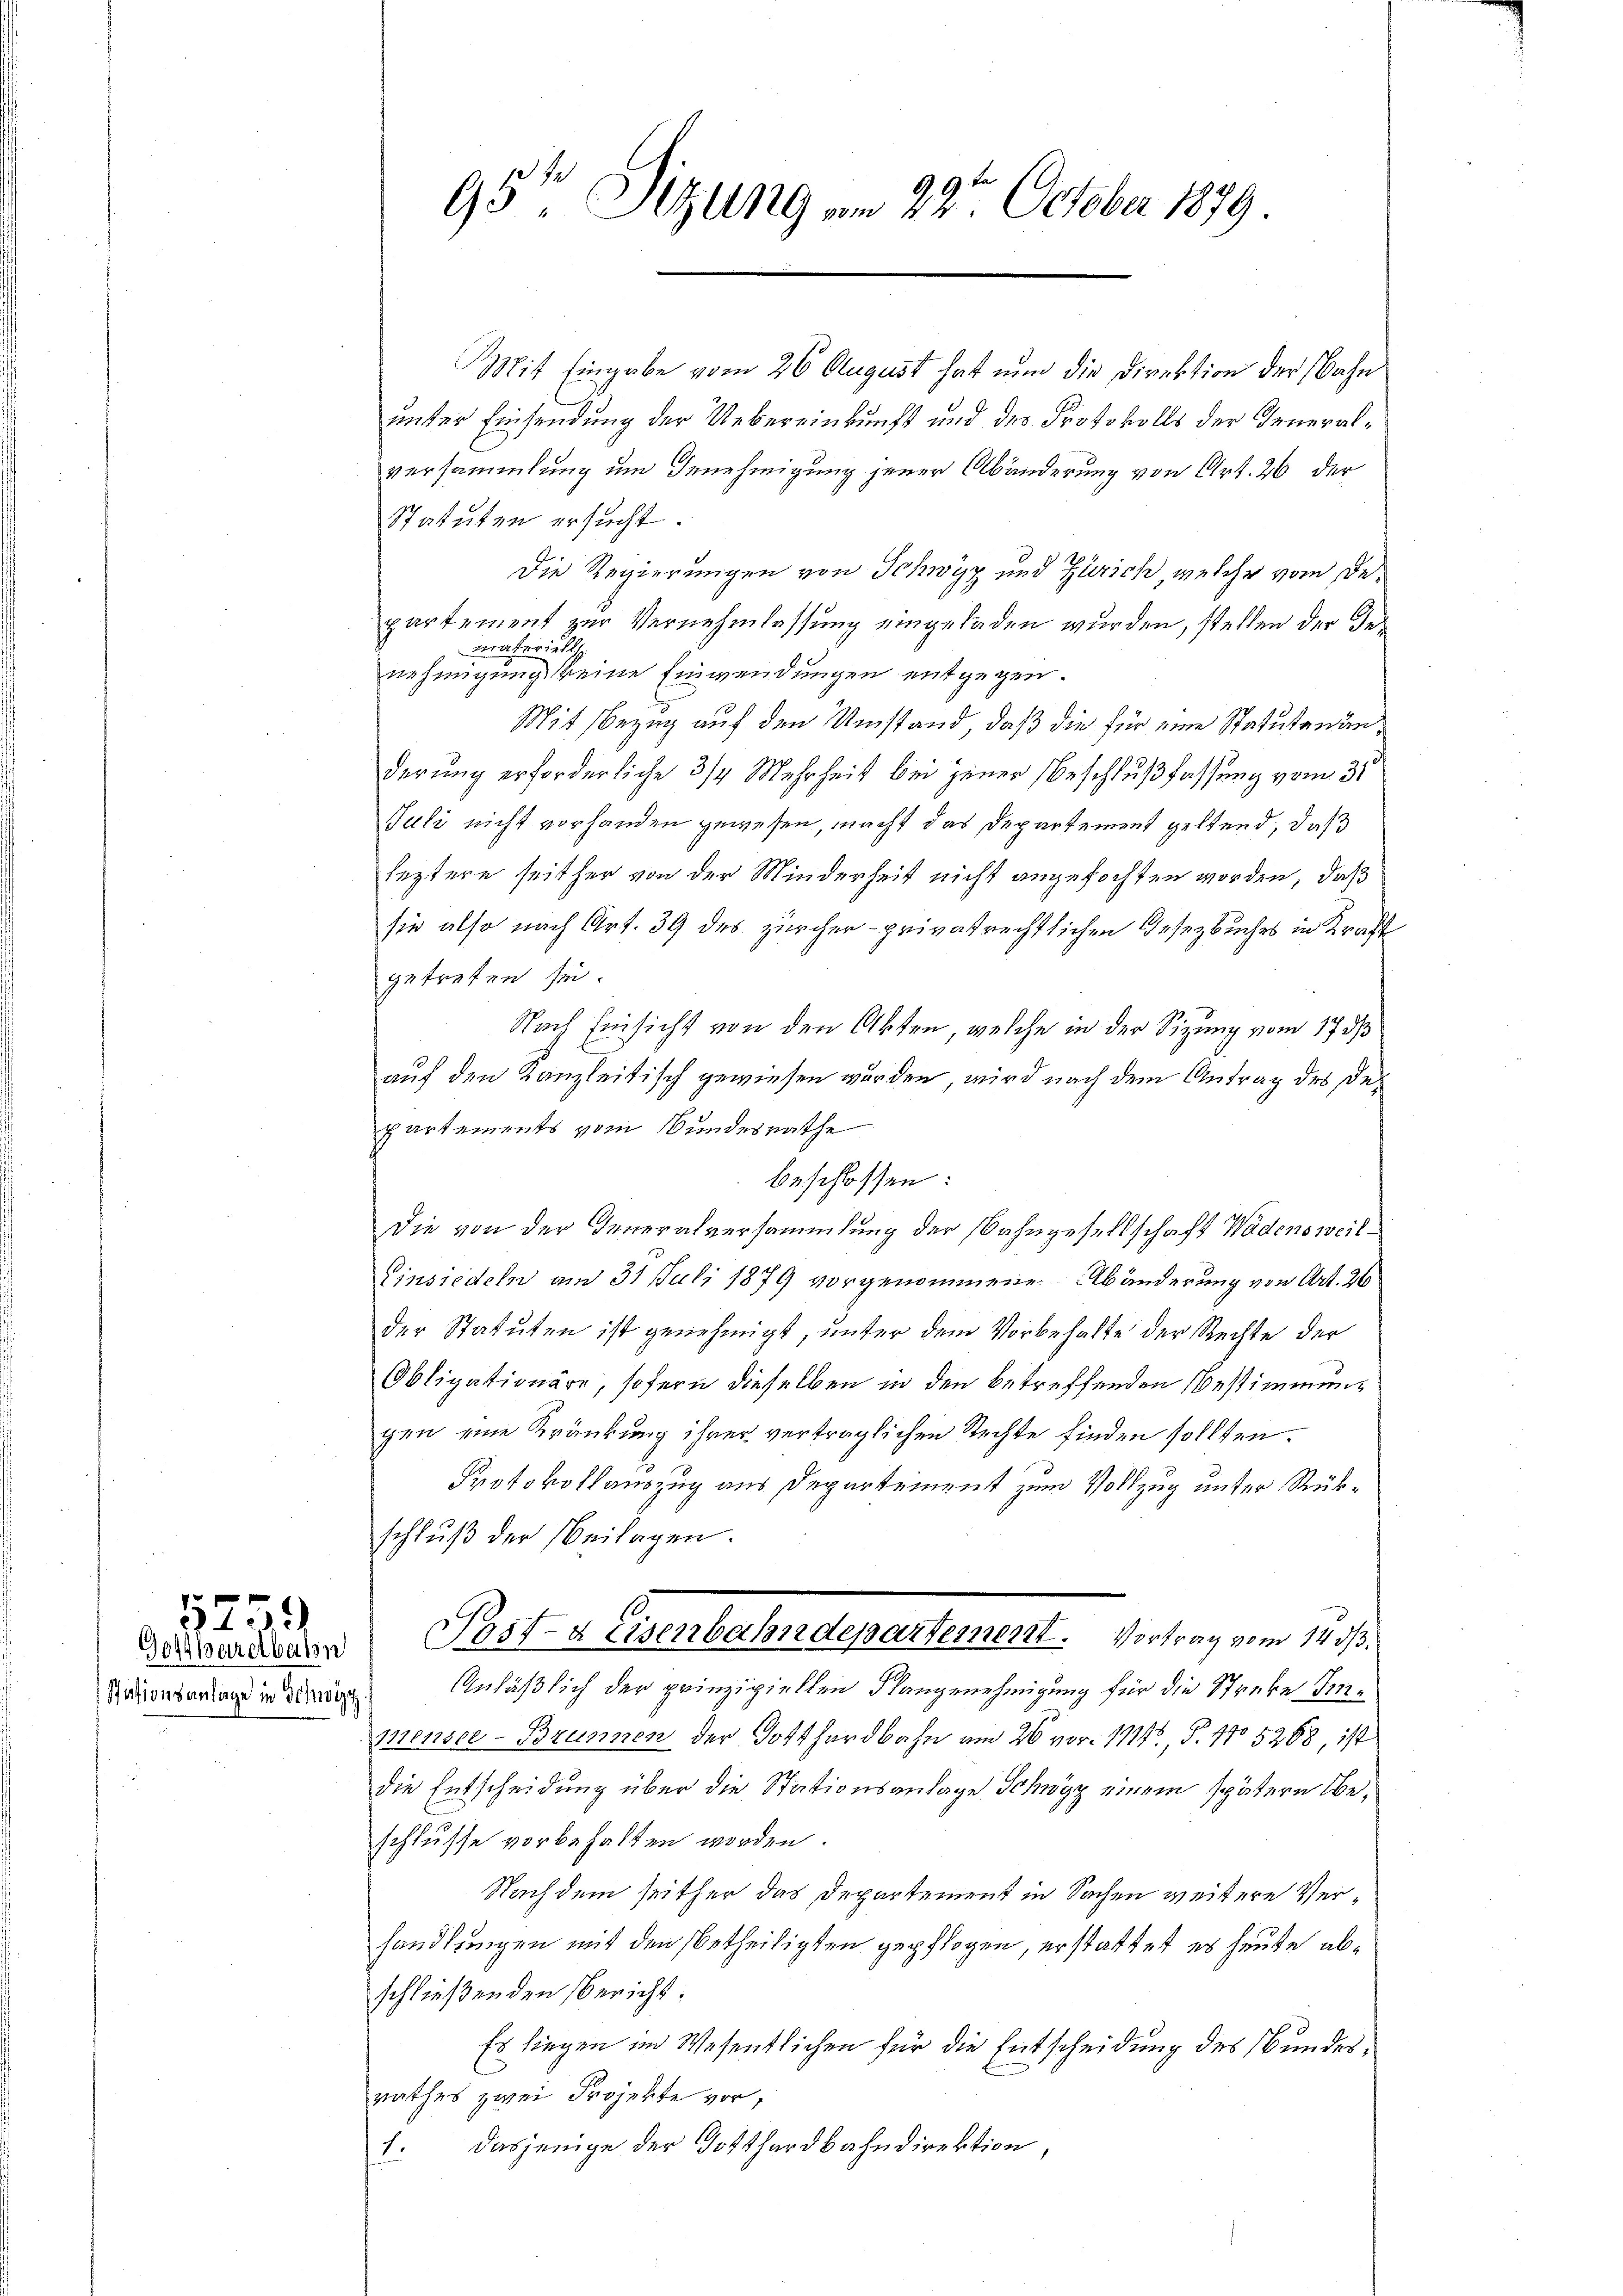
5259

Mit Eingabe vom 26. August hat nun die Direktion der Bahn
unter Einsendung der Uebereinkunft und des Protokolls der Generalversammlung um Genehmigung jener Abänderung von Art. 26 der
Statuten ersucht.
Die Regierungen von Schwyz und Zürich, welche vom Departement zur Vernehmlassung eingeladen wurden, stellen der de
Fraterielis
nehmigung keine Einwendungen entgegen.
Mit Bezug auf den Umstand, daß die für eine Statutenanderung erforderliche 3/4 Mehrheit bei jener Beschlußfassung vom 31
Juli nicht vorhanden gewesen, macht das Departement geltend, daß
leztere seither von der Minderheit nicht angefochten worden, daß
sie also nach Art. 39 des zürcher privatrechtlichen Gesetzbuches in Kraft
getreten sie.
Nach Einsicht von den Akten, welche in der Sitzung vom 17. ds
auf den Kanzleitisch gewiesen wurden, wird nach dem Antrag des Departements vom Bundesrathe
beschlossen:
Die von der Generalversammlung der Bahngesellschaft Wädensweil¬
Einsiedeln am 31. Juli 1879 vorgenommene Abänderung von Art. 21
der Statuten ist genehmigt, unter dem Vorbehalte der Rechte der
Obligationäre, sofern dieselben in den betreffenden Bestimmungen eine Kränkung ihrer verträglichen Rechte finden sollten.
Protokollauszug aus Departement zum Vollzug unter Rükschluß der Beilagen.
Derenden Post- & Eisenbahndepartement. Vortrag vom 14. d.
Nationsandtags in anden Anläßlich der prinzipiellen Flangenehmigung für die Streke Inmensee - Brunnen der Gotthardbahn am 26 vor 1114, P. No 5288, ist
die Entscheidung über die Stationsanlage Schwyz einem spätern Beschlusse vorbehalten worden.
Nach dem seither das Departement in Sachen weitere Verhandlungen mit den betheiligten gepflogen, erstattet es heute abschließenden Bericht:
Es liegen im Wesentlichen für die Entscheidung des Bundesrathes zwei Projekte vor,
dasjenige der Gotthardbahndirektion,
11.

95te Sitzung am 29t October 1879